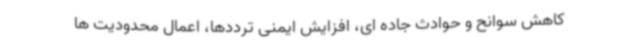
کاهش سوانح و حوادث جاده ای، افزایش ایمنی ترددها، اعمال محدودیت ها